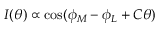
I ( \theta ) \propto \cos ( \phi _ { M } - \phi _ { L } + C \theta )